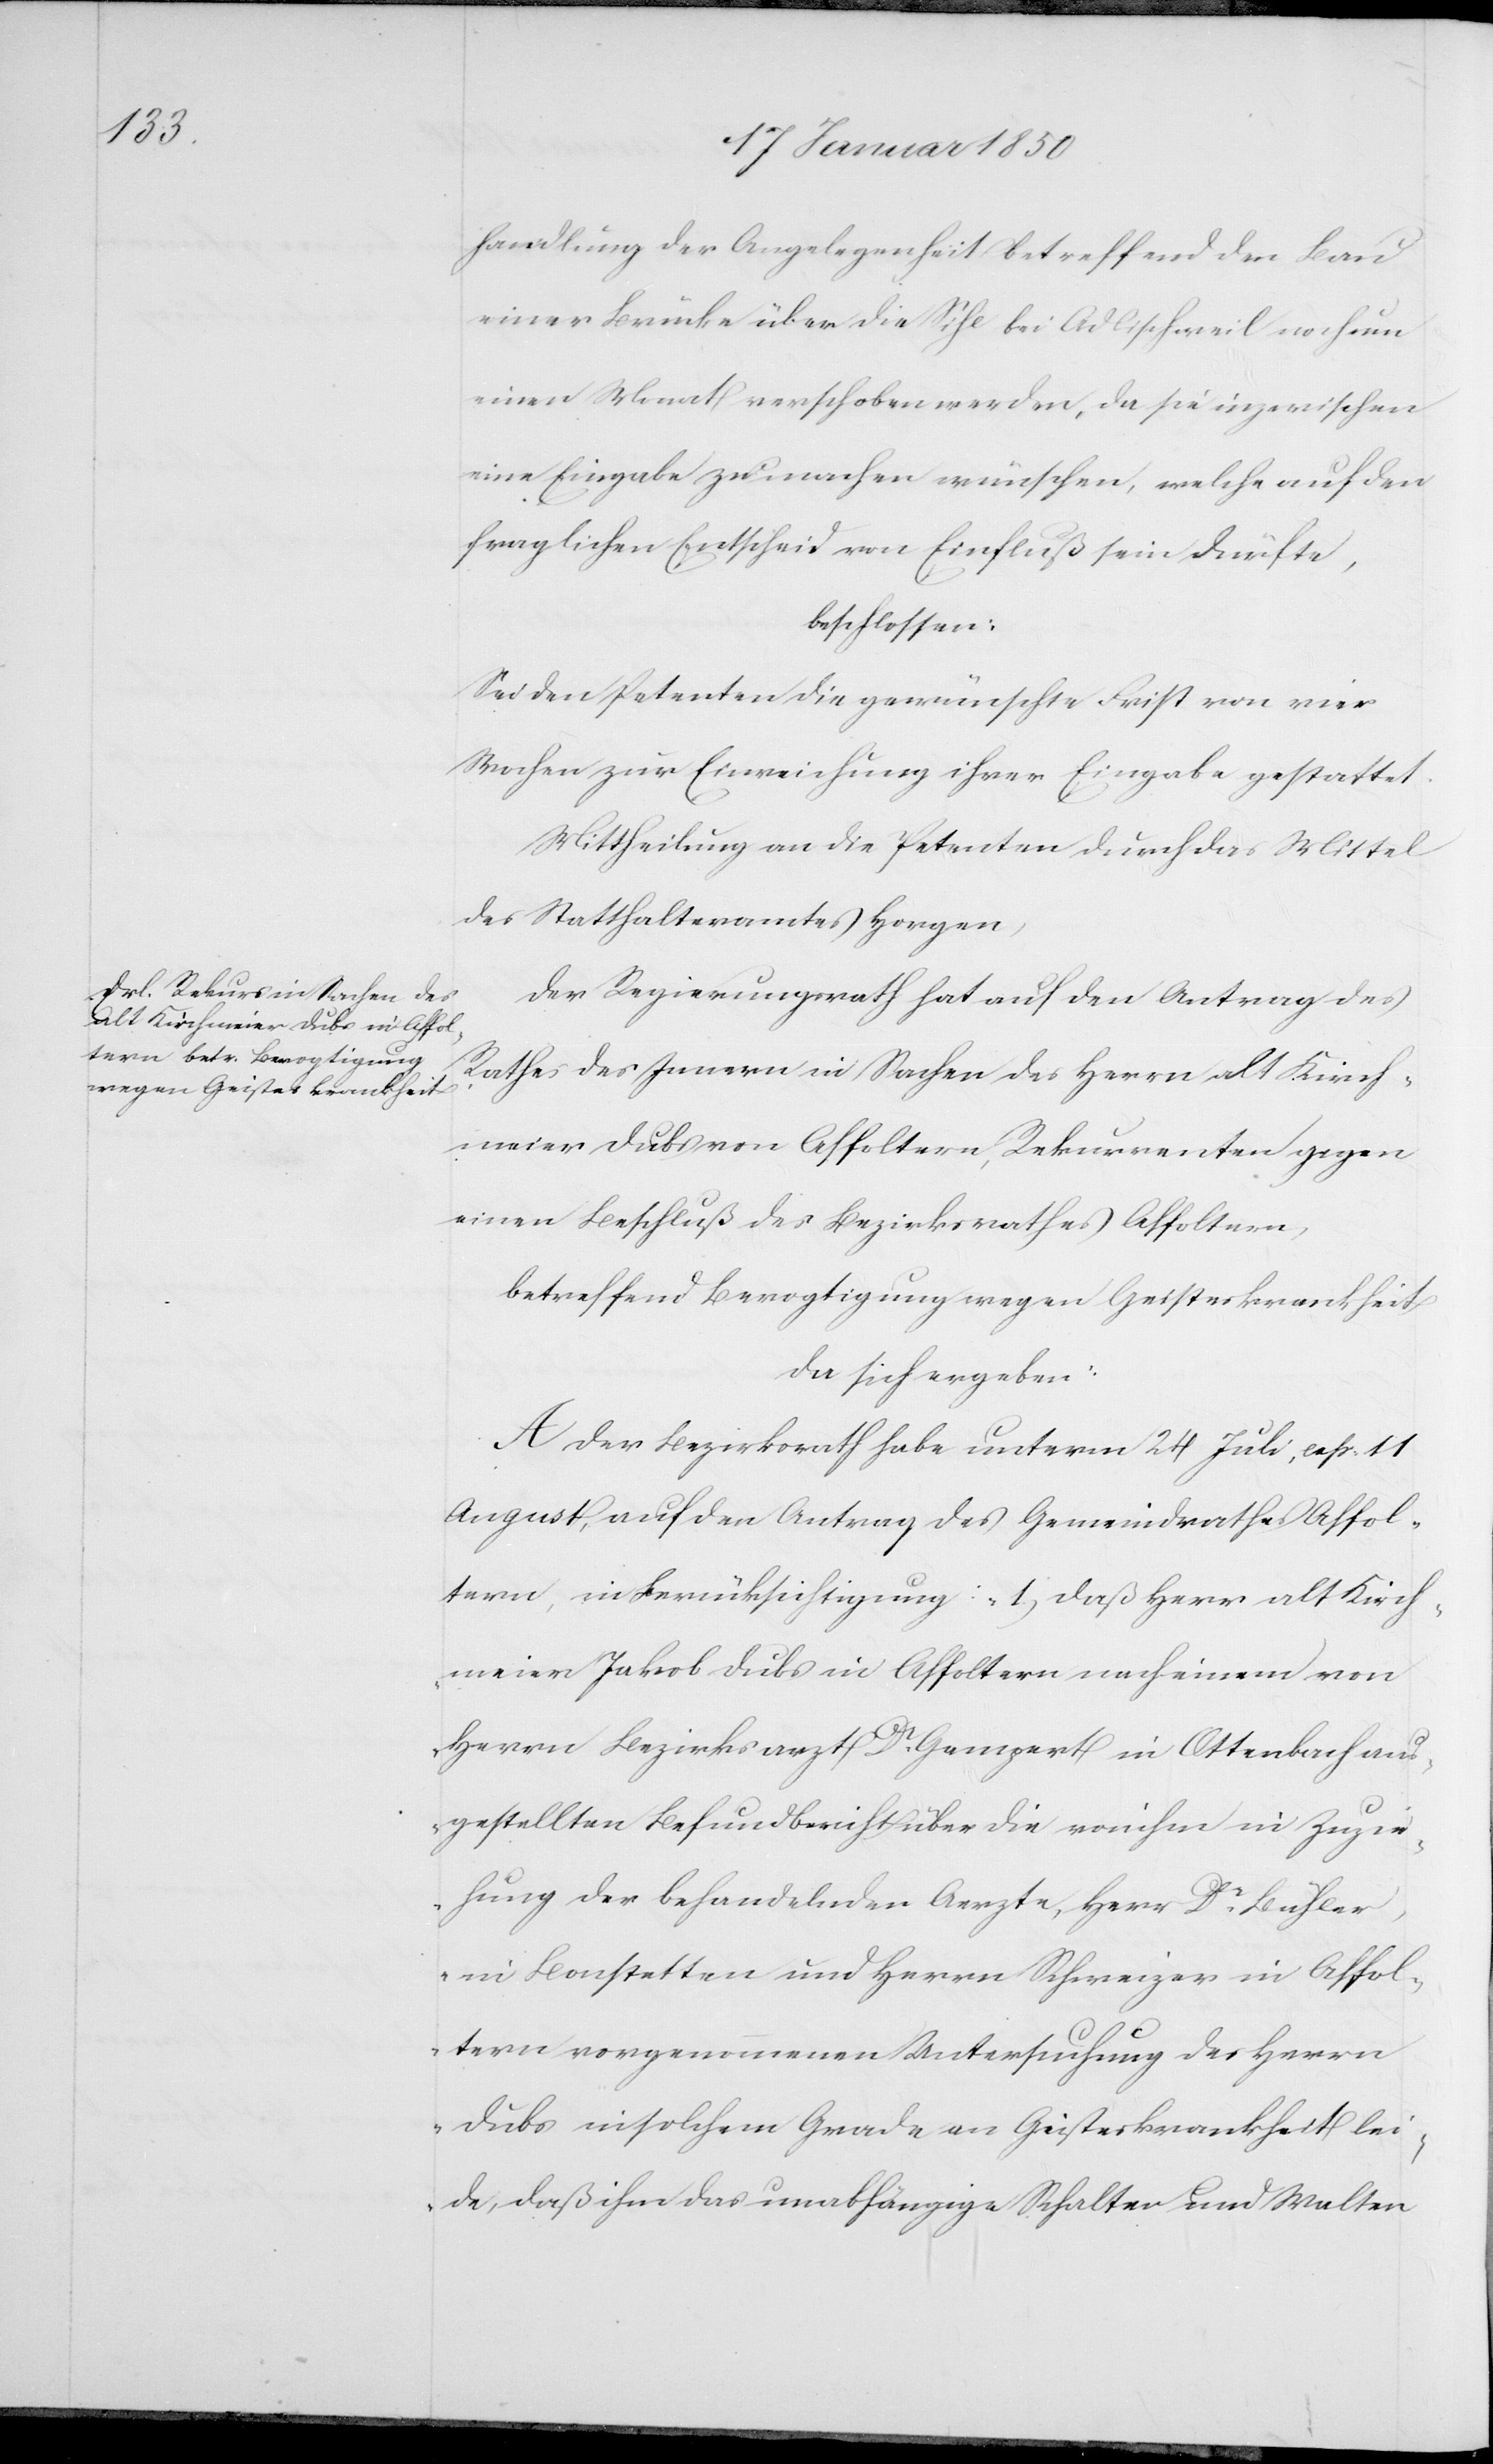
handlung der Angelegenheit betreffend den Bau
einer Brücke über die Sihl bei Adlischweil noch um
einen Monat verschoben werden, da sie inzwischen
eine Eingabe zu machen wünschen, welche auf den
fraglichen Entscheid von Einfluß sein dürfte,
beschlossen:
Sei den Petenten die gewünschte Frist von vier
Wochen zur Einreichung ihrer Eingabe gestattet.
Mittheilung an die Petenten durch das Mittel
des Statthalteramtes Horgen,
Der Regierungsrath hat auf den Antrag des
Rathes des Innern in Sachen des Herrn alt Kirch¬
meier Dubs von Affoltern, Rekurrenten gegen
einen Beschluß des Bezirksrathes Affoltern,
betreffend Bevogtigung wegen Geisteskrankheit
da sich ergeben:
A Der Bezirksrath habe unter 24 Juli, [?
August, auf den Antrag des Gemeindrathes Affol¬
tern, in Berücksichtigung: „1 daß Herr alt Kirch¬
meier Jakob Dubs in Affoltern nach einem von
Herrn Bezirksarzt Dr Gempert in Ottenbach au¬
sgestellten Befundbericht über die von ihm in Zuzie¬
hung der behandelnden Aerzte, Herr Dr Bühler,
in Bonstetten und Herrn Schweizer in Affol¬
tern vorgenommenen Untersuchung des Herrn
Dubs in solchem Grade an Geisteskrankheit lei¬
de, daß ihm das unabhängige Schalten und Walten